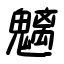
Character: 魑